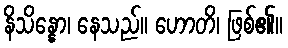
နိသိန္နော၊ နေသည်။ ဟောတိ၊ ဖြစ်၏။